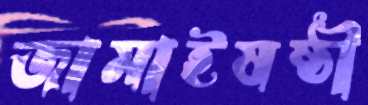
জামাইষষ্ঠী